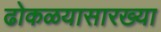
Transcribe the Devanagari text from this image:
ढोकळयासारख्या